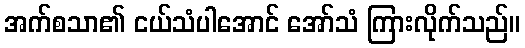
အက်စသာ၏ ငယ်သံပါအောင် အော်သံ ကြားလိုက်သည်။